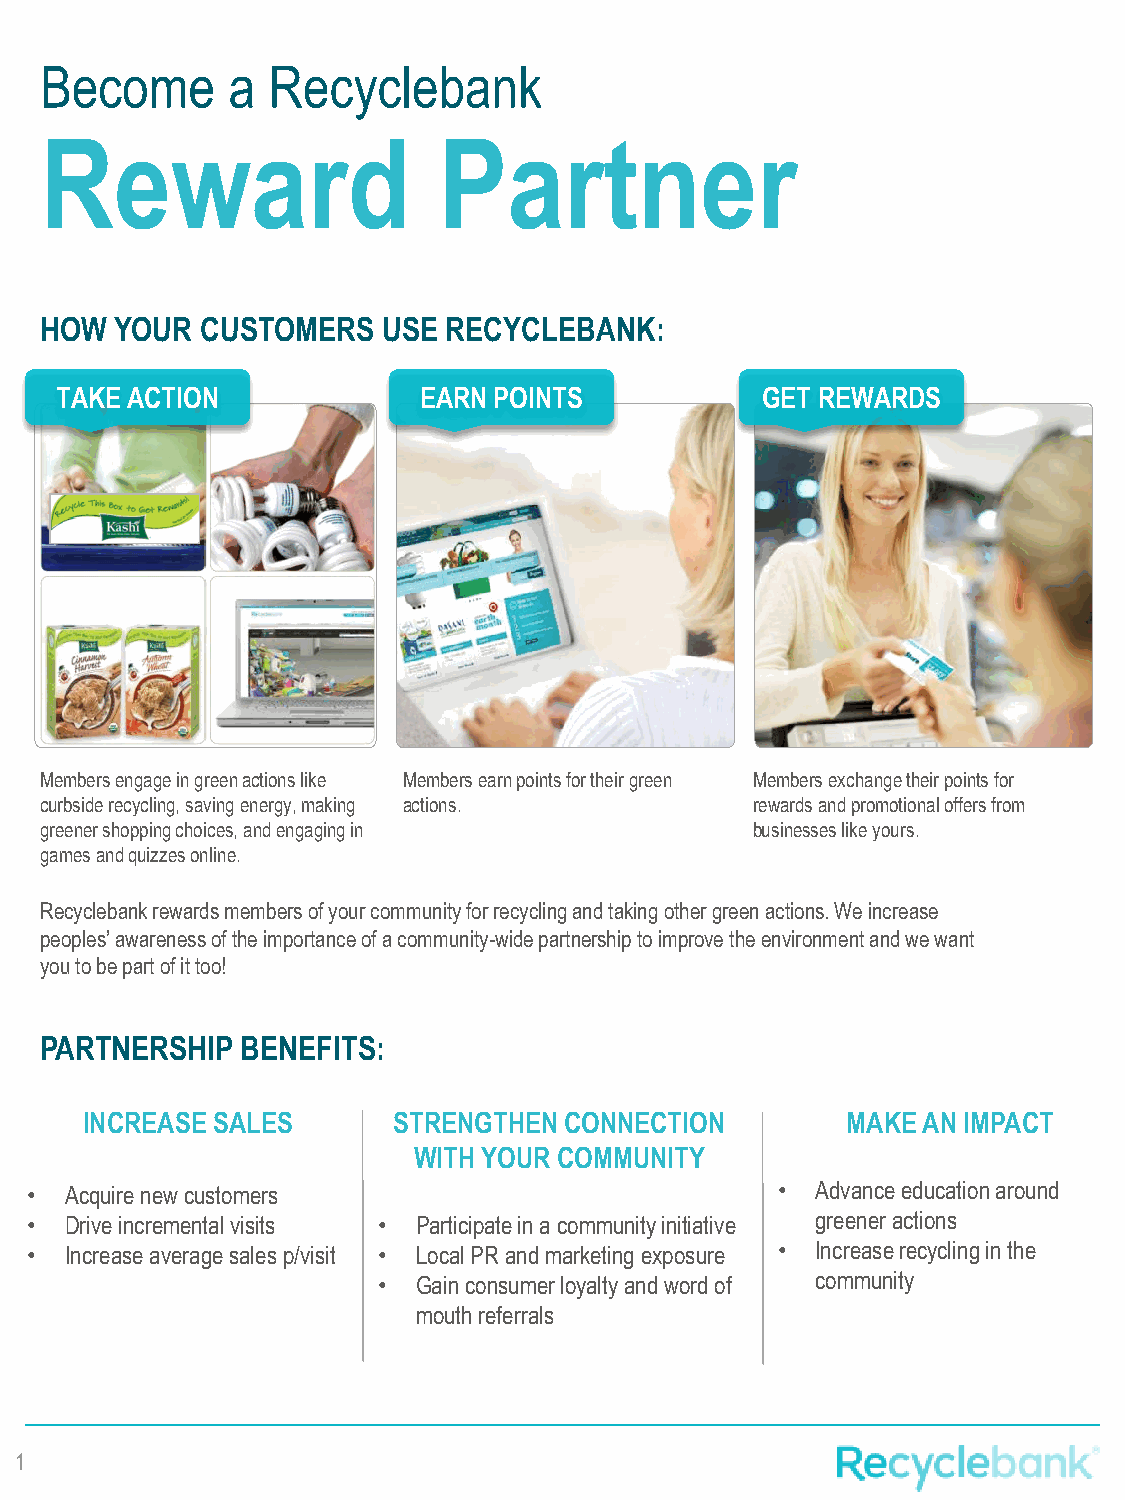
Become      a  Recyclebank
 Reward                    Partner
 HOW  YOUR CUSTOMERS   USE  RECYCLEBANK:
 TAKE ACTION             EARN POINTS           GET REWARDS
 Members engage in green actions like Members earn points for their green Members exchange their points for
 curbside recycling, saving energy, making actions. rewards and promotional offers from
 greener shopping choices, and engaging in      businesses like yours.
 games and quizzes online.
 Recyclebank rewards members of your community for recycling and taking other green actions. We increase
 peoples’ awareness of the importance of a community-wide partnership to improve the environment and we want
 you to be part of it too!
 PARTNERSHIP  BENEFITS:
 INCREASE SALES       STRENGTHEN CONNECTION         MAKE AN IMPACT
 WITH YOUR COMMUNITY
 • Acquire new customers                          •  Advance education around
 • Drive incremental visits • Participate in a community initiative greener actions
 • Increase average sales p/visit • Local PR and marketing exposure • Increase recycling in the
 •  Gain consumer loyalty and word of community
 mouth referrals
 1